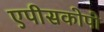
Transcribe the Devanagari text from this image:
एपीसकोपो